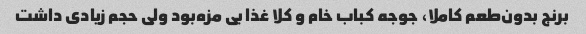
برنج بدون‌طعم کاملا، جوجه کباب خام و کلا غذا بی مزه‌بود ولی حجم زیادی داشت